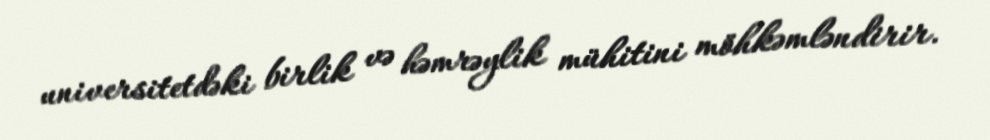
universitetdəki birlik və həmrəylik mühitini möhkəmləndirir.